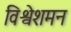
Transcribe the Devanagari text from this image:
विश्वेशमन